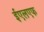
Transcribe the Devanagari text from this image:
ईएलएफ